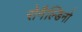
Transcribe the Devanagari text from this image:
रोनैल्डिनो